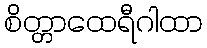
စိတ္တာထေရီဂါထာ